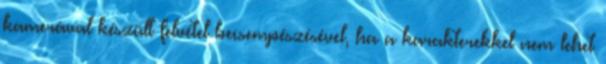
kamerával készült felvétel becsempészésével, ha a karakterekkel nem lehet